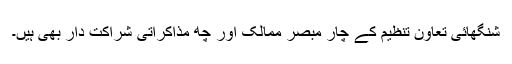
شنگھائی تعاون تنظیم کے چار مبصر ممالک اور چھ مذاکراتی شراکت دار بھی ہیں۔